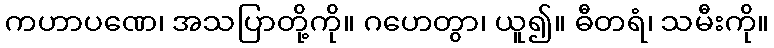
ကဟာပဏေ၊ အသပြာတို့ကို။ ဂဟေတွာ၊ ယူ၍။ ဓီတရံ၊ သမီးကို။